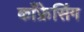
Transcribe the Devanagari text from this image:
काँफ्रेसिंग